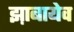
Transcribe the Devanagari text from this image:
झ़ाबायेव